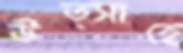
উত্সাহে